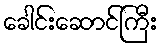
ခေါင်းဆောင်ကြီး